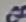
Text: 8